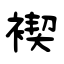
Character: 褉